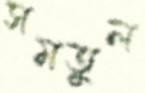
সমতুল